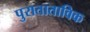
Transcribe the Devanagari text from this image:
पुराताताविक